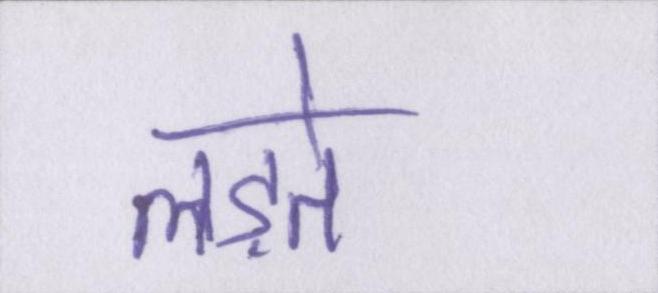
लड़ते